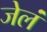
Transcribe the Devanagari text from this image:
जेलं